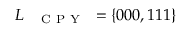
L _ { \mathrm { ~ \texttt ~ { ~ C ~ P ~ Y ~ } ~ } } = \{ 0 0 0 , 1 1 1 \}